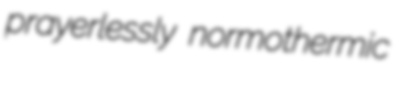
prayerlessly normothermic